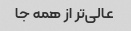
عالی‌تر از همه جا